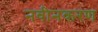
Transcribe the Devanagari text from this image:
नवीनकरण